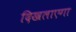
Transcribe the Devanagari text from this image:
दिखलाएगा